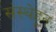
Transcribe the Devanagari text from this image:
संस्थेहून